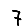
Digit: 7